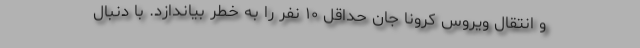
و انتقال ویروس کرونا جان حداقل ۱۰ نفر را به خطر بیاندازد. با دنبال